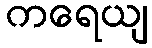
ကရေယျ